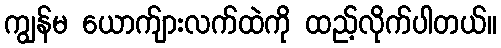
ကျွန်မ ယောက်ျားလက်ထဲကို ထည့်လိုက်ပါတယ်။